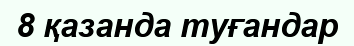
8 қазанда туғандар